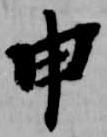
申